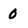
Character: 0